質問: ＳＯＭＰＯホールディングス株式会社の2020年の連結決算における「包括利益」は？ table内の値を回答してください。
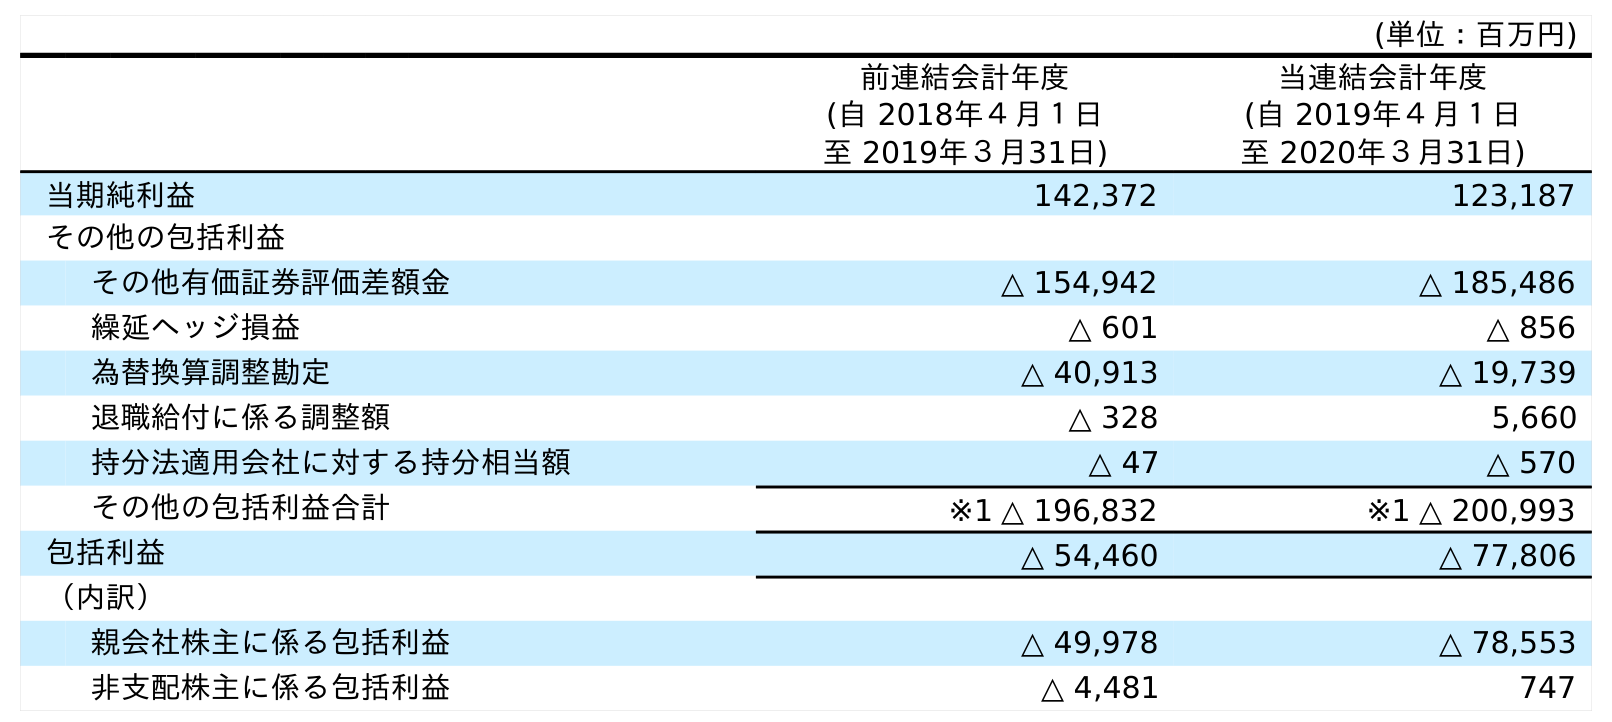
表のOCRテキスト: (単位：百万円) 前連結会計年度 (自 2018年４月１日 至 2019年３月31日) 当連結会計年度 (自 2019年４月１日 至 2020年３月31日) 当期純利益 142,372 123,187 その他の包括利益 その他有価証券評価差額金 △ 154,942 △ 185,486 繰延ヘッジ損益 △ 601 △ 856 為替換算調整勘定 △ 40,913 △ 19,739 退職給付に係る調整額 △ 328 5,660 持分法適用会社に対する持分相当額 △ 47 △ 570 その他の包括利益合計 ※1 △ 196,832 ※1 △ 200,993 包括利益 △ 54,460 △ 77,806 （内訳） 親会社株主に係る包括利益 △ 49,978 △ 78,553 非支配株主に係る包括利益 △ 4,481 747
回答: △77,806